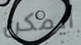
أيمكن